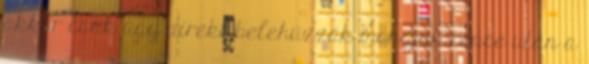
akkor csak úgy direkt belehúzzák mondjuk repce után a